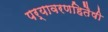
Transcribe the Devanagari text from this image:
पर्यावरणहितैषी